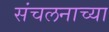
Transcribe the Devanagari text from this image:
संचलनाच्या